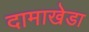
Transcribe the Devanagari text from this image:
दामाखेडा